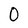
Character: 0